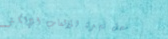
محل تجزئة للألعاب الإلكتر